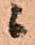
ニ